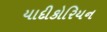
યાદીકોરિયન